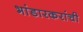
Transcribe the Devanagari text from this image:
भांडारकरांची